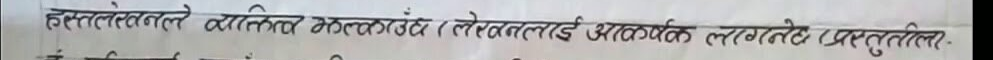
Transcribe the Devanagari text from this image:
हस्तलेखनले व्यक्तित्त्व भत्काउँछ (लेखनलाई आकर्षक लाग्ने प्रस्तुति).